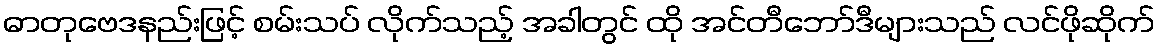
ဓာတုဗေဒနည်းဖြင့် စမ်းသပ် လိုက်သည့် အခါတွင် ထို အင်တီဘော်ဒီများသည် လင်ဖိုဆိုက်